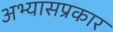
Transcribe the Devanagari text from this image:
अभ्यासप्रकार